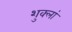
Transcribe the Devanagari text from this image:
शुक्लां